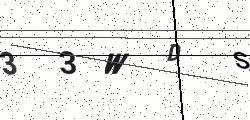
Text: 33WDS